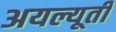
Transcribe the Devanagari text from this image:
अयल्यूती